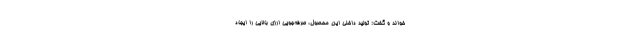
خواند و گفت:‌ تولید داخلی این محصول، صرفه‌جویی ارزی بالایی را ایجاد